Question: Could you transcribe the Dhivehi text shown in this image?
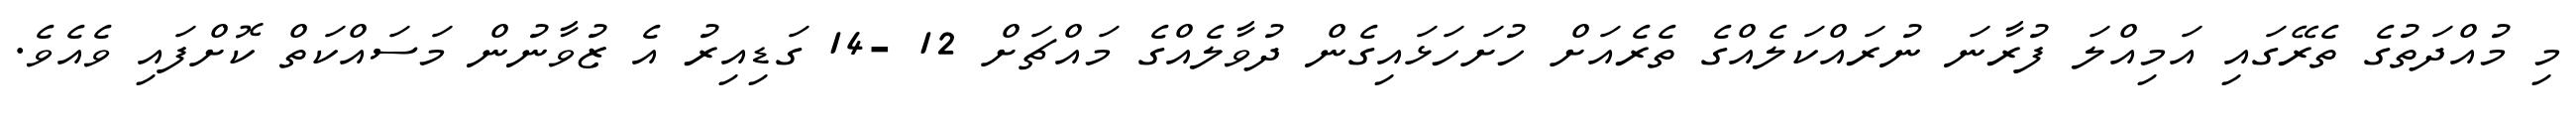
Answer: މި މުއްދަތުގެ ތެރޭގައި އަމިއްލަ ފުރާނަ ނުރައްކަލެއްގެ ތެރެއަށް ހުށަހަޅައިގެން ދުވާލެއްގެ މައްޗަށް 12 -14 ގަޑިއިރު އެ ޒުވާނުން މަސައްކަތް ކޮށްފައި ވެއެވެ.